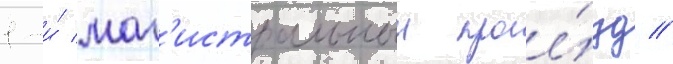
1-и́ маг'истральныи прое́зд //